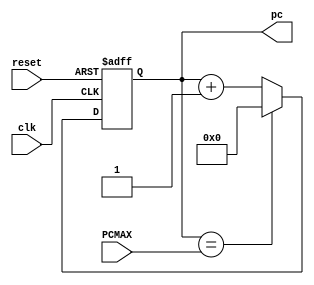
module program_counter(input clk , input reset , input [31:0]  //
                          PCMAX, output reg [31:0] pc = 0);

 always @ (posedge clk or negedge reset) begin
 
         if (! reset ) pc <= 0;
            else begin
                pc <= pc + 1;
     if (pc == PCMAX) pc <= 0;
                   end
           end
 endmodule